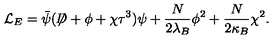
{ \cal L } _ { E } = \bar { \psi } ( \not { \! \! D } + \phi + \chi \tau ^ { 3 } ) \psi + \frac { N } { 2 \lambda _ { B } } \phi ^ { 2 } + \frac { N } { 2 \kappa _ { B } } \chi ^ { 2 } .